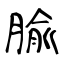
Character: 腧